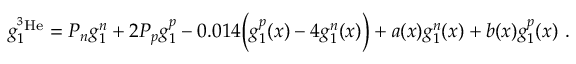
g _ { 1 } ^ { ^ 3 \mathrm { H e } } = P _ { n } g _ { 1 } ^ { n } + 2 P _ { p } g _ { 1 } ^ { p } - 0 . 0 1 4 \Big ( g _ { 1 } ^ { p } ( x ) - 4 g _ { 1 } ^ { n } ( x ) \Big ) + a ( x ) g _ { 1 } ^ { n } ( x ) + b ( x ) g _ { 1 } ^ { p } ( x ) \ .